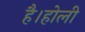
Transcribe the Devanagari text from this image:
है।होली